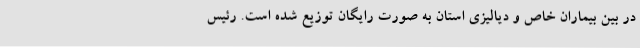
در بین بیماران خاص و دیالیزی استان به صورت رایگان توزیع شده است. رئیس